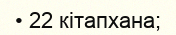
• 22 кітапхана;